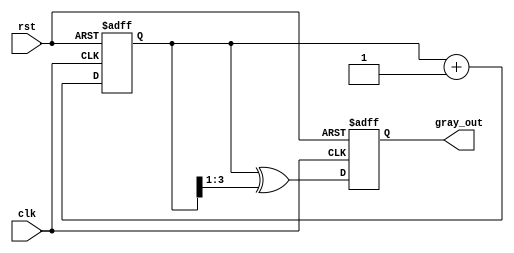
module gray_code_counter (
    input wire clk,          // Clock signal
    input wire rst,          // Asynchronous reset signal
    output reg [3:0] gray_out // 4-bit Gray code output
);

    reg [3:0] bin_count; // 4-bit binary counter

    // Always block for counting and Gray code conversion
    always @(posedge clk or posedge rst) begin
        if (rst) begin
            // Reset the binary counter and Gray code output
            bin_count <= 4'b0000;
            gray_out <= 4'b0000;
        end else begin
            // Increment the binary counter
            bin_count <= bin_count + 1;

            // Convert binary count to Gray code
            gray_out <= bin_count ^ (bin_count >> 1);
        end
    end

endmodule